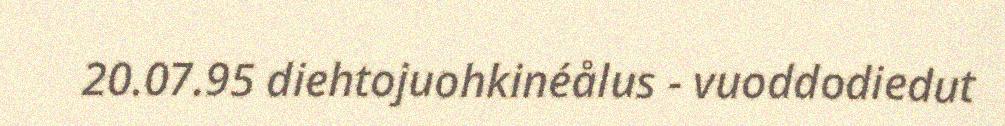
20.07.95 diehtojuohkinéålus - vuoddodiedut